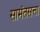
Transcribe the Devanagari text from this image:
सामंतसत्ता